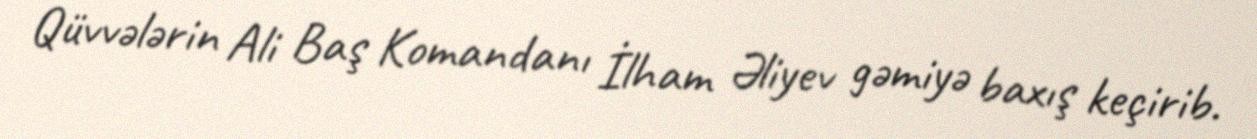
Qüvvələrin Ali Baş Komandanı İlham Əliyev gəmiyə baxış keçirib.